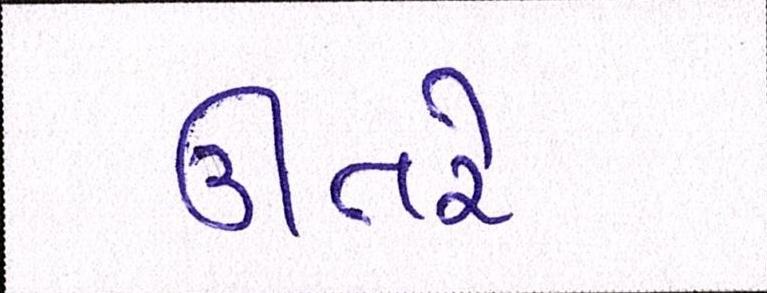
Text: ઊતરે